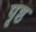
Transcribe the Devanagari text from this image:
पृ्ष्ठ